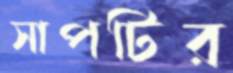
সাপটির